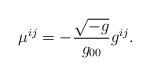
LaTeX: \begin{align*} \mu^{i j} = - \frac{\sqrt{-g}}{g_{0 0}} g^{i j}.\end{align*}